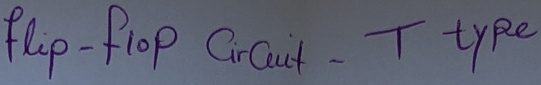
Text: flip-flop Circuit -T type